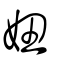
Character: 妞